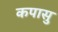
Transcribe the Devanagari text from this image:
कपासु